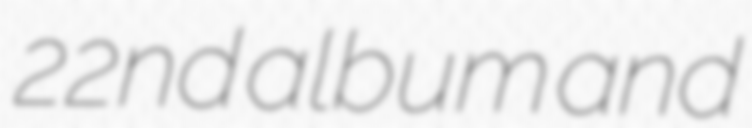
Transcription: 22nd album and